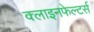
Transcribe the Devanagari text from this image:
क्लाइनफेल्टर्स